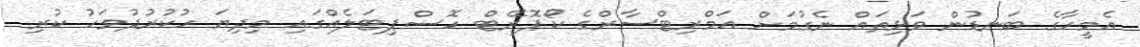
އެމީހާގެ ބަނޑުން ވަޅިތައް ނެގުމަށް އަމްރިޓްސާރްގެ ކޯޕޮރޭޓް ހޮސްޕިޓަލެއްގައި މިދިޔަ ހުކުރުދުވަހު ކުރި